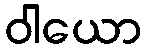
ဝါယော